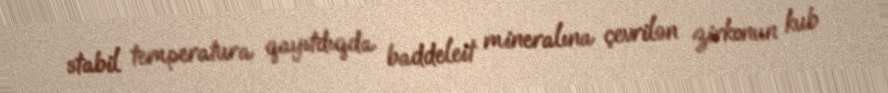
stabil temperatura qayıtdıqda baddeleit mineralına çevrilən zirkonun kub